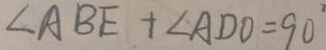
\angle A B E + \angle A D O = 9 0 ^ { \circ }